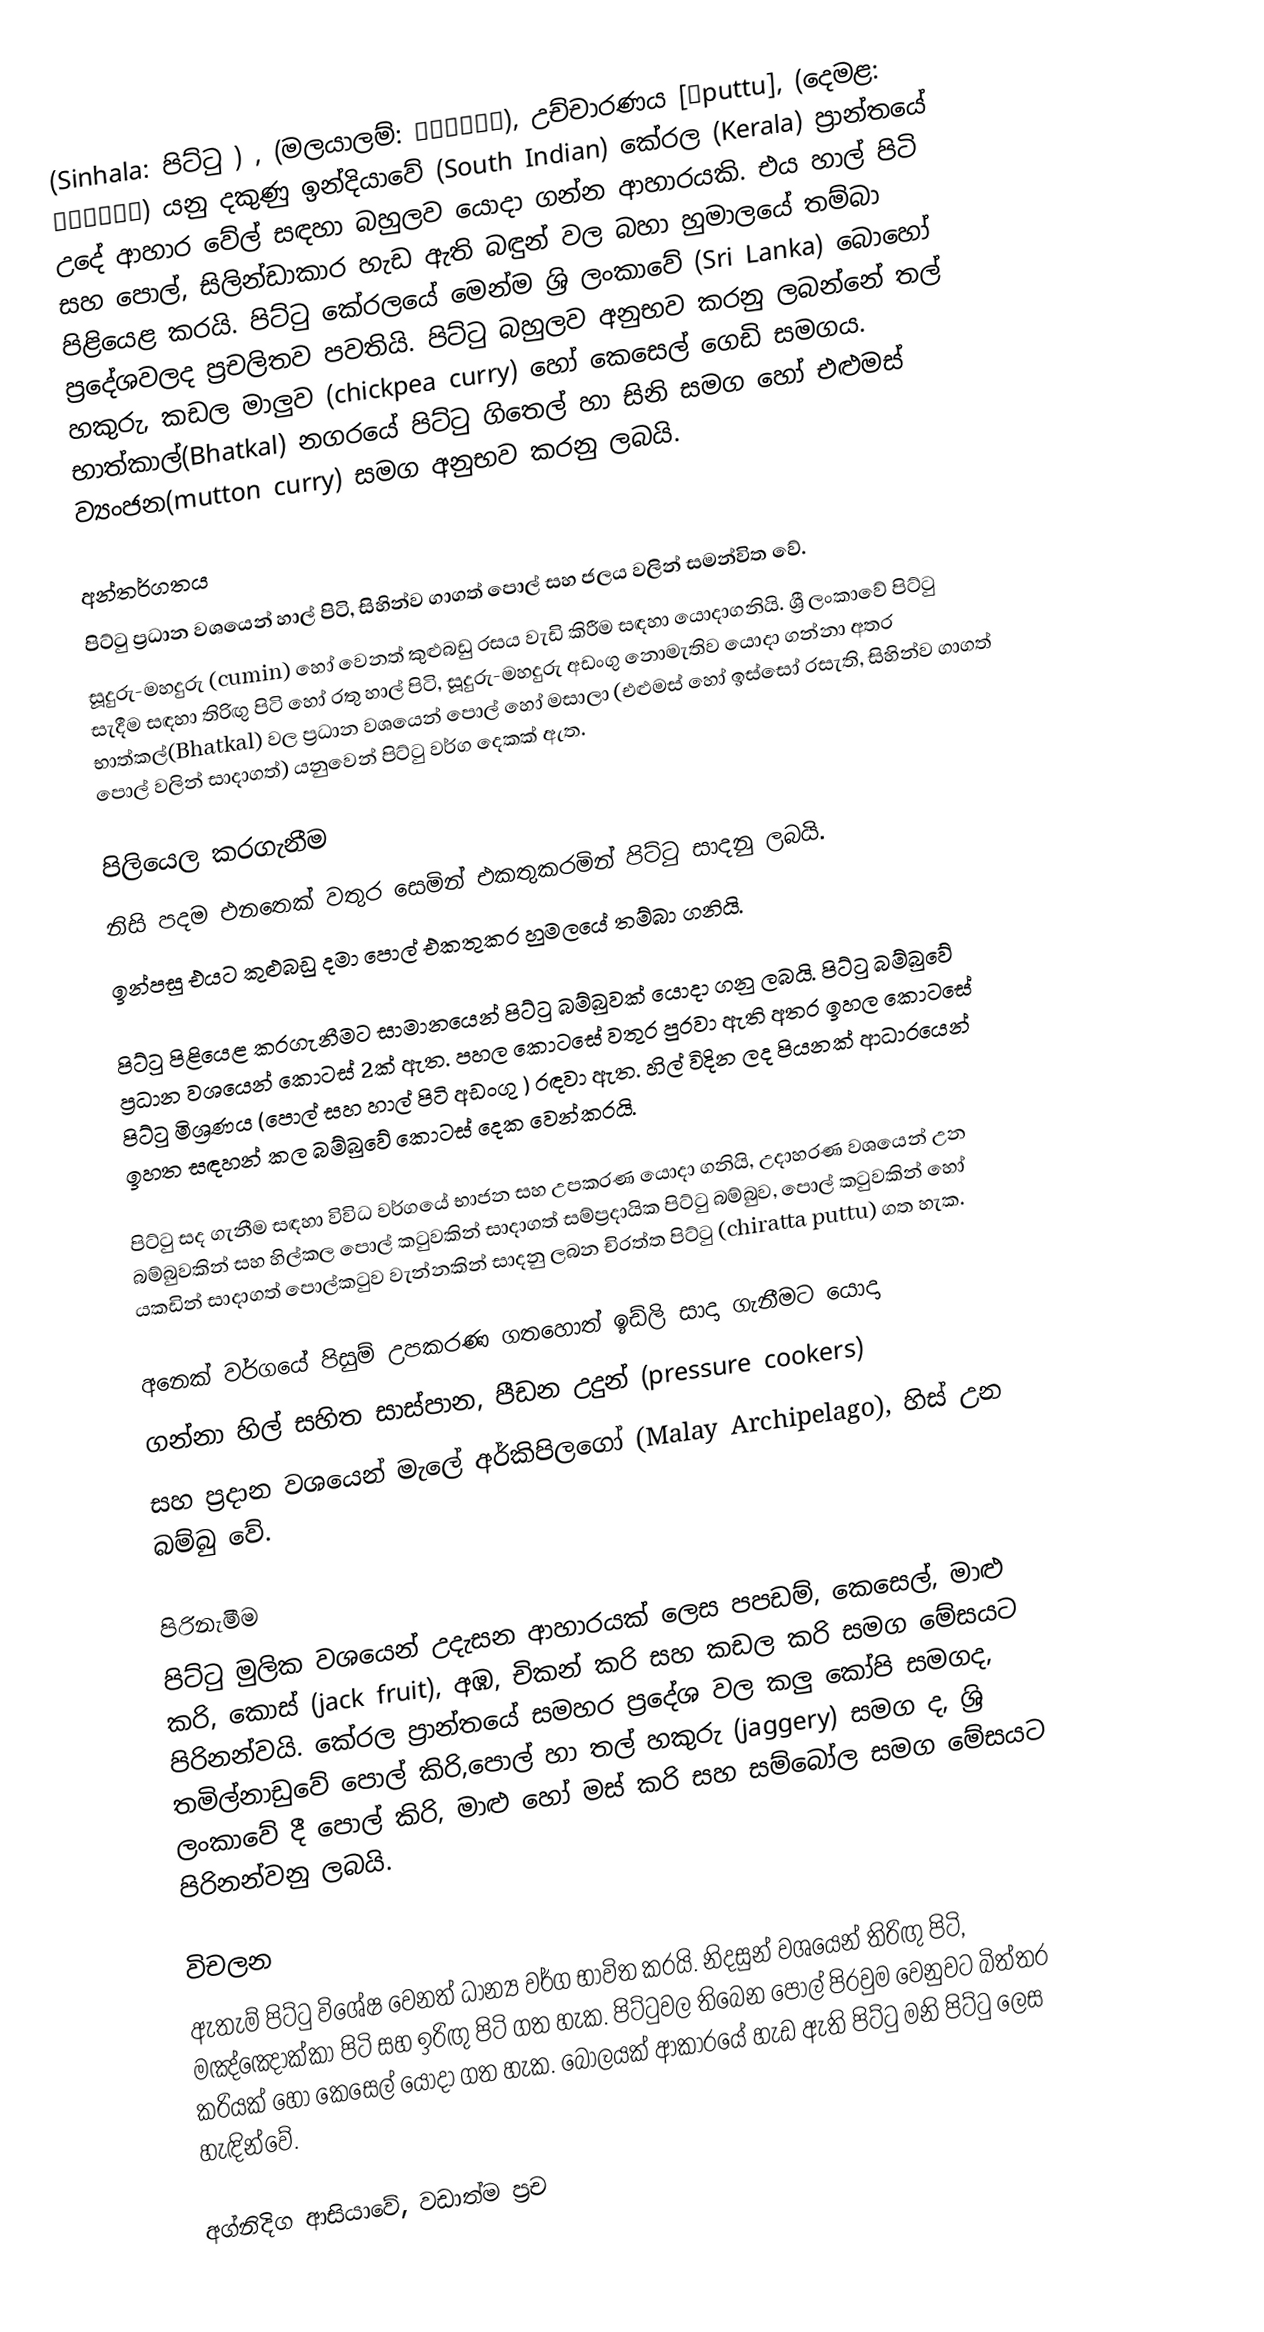
(Sinhala: පිට්ටු ) , (මලයාලම්: പുട്ട്), උච්චාරණය [ˈputtu], (දෙමළ: புட்டு) යනු දකුණු ඉන්දියාවේ (South Indian) කේරල (Kerala) ප්‍රාන්තයේ උදේ ආහාර වේල් සඳහා බහුලව යොදා ගන්න ආහාරයකි. එය හාල් පිටි සහ පොල්, සිලින්ඩාකාර  හැඩ ඇති බඳුන් වල බහා   හුමාලයේ  තම්බා පිළියෙළ කරයි. පිට්ටු කේරලයේ මෙන්ම ශ්‍රි ලංකාවේ (Sri Lanka) බොහෝ ප්‍රදේශවලද ප්‍රචලිතව පවතියි. පිට්ටු බහුලව අනුභව කරනු ලබන්නේ තල් හකුරු, කඩල මාලුව (chickpea curry) හෝ කෙසෙල්  ගෙඩි සමගය. භාත්කාල්(Bhatkal) නගරයේ පිට්ටු ගිතෙල්  හා සිනි සමග හෝ  එළුමස් ව්‍යංජන(mutton curry) සමග අනුභව කරනු ලබයි.

අන්තර්ගතය 
පිට්ටු ප්‍රධාන වශයෙන් හාල් පිටි, සිහින්ව ගාගත් පොල් සහ ජලය වලින් සමන්විත වේ.
සූදුරු-මහදුරු (cumin)  හෝ වෙනත් කුළුබඩු රසය වැඩි කිරීම සඳහා යොදාගනියි. ශ්‍රී ලංකාවේ  පිට්ටු සැදීම සඳහා තිරිඟු පිටි හෝ රතු හාල් පිටි, සූදුරු-මහදුරු  අඩංගු නොමැතිව  යොදා ගන්නා අතර භාත්කල්(Bhatkal) වල ප්‍රධාන වශයෙන් පොල්  හෝ මසාලා (එළුමස්  හෝ ඉස්සෝ රසැති, සිහින්ව ගාගත් පොල් වලින් සාදාගත්) යනුවෙන් පිට්ටු වර්ග දෙකක් ඇත.

පිලියෙල කරගැනීම 
නිසි පදම එනතෙක් වතුර සෙමින් එකතුකරමින් පිට්ටු සාදනු ලබයි.
ඉන්පසු එයට කුළුබඩු දමා පොල් එකතුකර හුමලයේ තම්බා ගනියි. 

පිට්ටු පිළියෙළ කරගැනීමට සාමානයෙන් පිට්ටු බම්බුවක් යොදා ගනු ලබයි. පිට්ටු බම්බුවේ ප්‍රධාන වශයෙන් කොටස් 2ක් ඇත. පහල කොටසේ වතුර  පුරවා ඇති අතර  ඉහල කොටසේ පිට්ටු මිශ්‍රණය (පොල් සහ හාල් පිටි අඩංගු ) රඳවා ඇත.  හිල් විදින ලද පියනක්  ආධාරයෙන් ඉහත සඳහන් කල බම්බුවේ කොටස් දෙක වෙන්කරයි.

පිට්ටු සද ගැනීම සඳහා විවිධ වර්ගයේ භාජන සහ උපකරණ යොදා ගනියි, උදාහරණ වශයෙන් උන බම්බුවකින්  සහ හිල්කල පොල් කටුවකින් සාදාගත් සම්ප්‍රදායික පිට්ටු බම්බුව, පොල් කටුවකින් හෝ යකඩින් සාදාගත් පොල්කටුව වැන්නකින් සාදනු ලබන චිරත්ත පිට්ටු (chiratta puttu) ගත හැක.

අනෙක් වර්ගයේ  පිසුම් උපකරණ  ගතහොත්  ඉඩ්ලි සාදා ගැනීමට යොදා
ගන්නා හිල් සහිත සාස්පාන, පීඩන උදුන් (pressure cookers)
සහ ප්‍රදාන වශයෙන් මැලේ අර්කිපිලගෝ (Malay Archipelago), හිස් උන බම්බු වේ.

පිරිනැමීම 
පිට්ටු මුලික වශයෙන් උදැසන ආහාරයක් ලෙස පපඩම්, කෙසෙල්, මාළු කරි, කොස් (jack fruit), අඹ, චිකන් කරි සහ කඩල කරි සමග මේසයට පිරිනන්වයි. කේරල ප්‍රාන්තයේ සමහර ප්‍රදේශ වල කලු කෝපි සමගද, තමිල්නාඩුවේ පොල් කිරි,පොල් හා තල් හකුරු (jaggery) සමග ද, ශ්‍රි ලංකාවේ දී  පොල් කිරි, මාළු  හෝ මස් කරි සහ සම්බෝල  සමග මේසයට පිරිනන්වනු ලබයි.

විචලන
ඇතැම් පිට්ටු විශේෂ වෙනත් ධාන්‍ය වර්ග භාවිත කරයි. නිදසුන් වශයෙන් තිරිඟු පිටි, මඤ්ඤොක්කා පිටි සහ ඉරිඟු පිටි ගත හැක. පිට්ටුවල තිබෙන පොල් පිරවුම වෙනුවට බිත්තර කරියක් හෝ කෙසෙල් යොදා ගත හැක. බෝලයක් ආකාරයේ හැඩ ඇති පිට්ටු මනි පිට්ටු ලෙස හැඳින්වේ.

අග්නිදිග ආසියාවේ, වඩාත්ම ප්‍රච